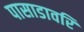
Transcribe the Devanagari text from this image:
पासाडावरि